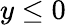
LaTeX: y\leq 0